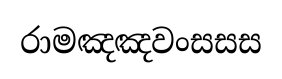
රාමඤඤවංසසස